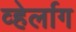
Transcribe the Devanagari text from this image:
व्हेर्लाग